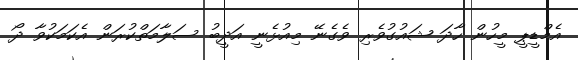
އެމްޑީޕީ މީހުން ހާދަ ޝައުގުވެރި ވެގެނޭ މިއުޅެނީ އަދީބު ސަލާމަތްކުރަން އެކަމަކުވާ ދޯ